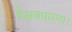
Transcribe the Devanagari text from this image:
हैअवधारणा।